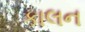
કાલન